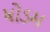
ષોડમ